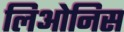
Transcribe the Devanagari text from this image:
लिओनिस